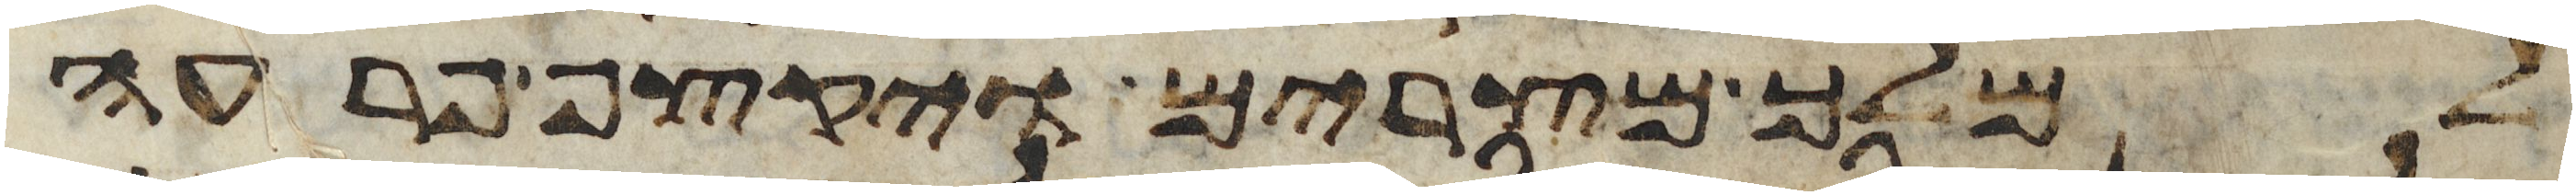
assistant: למלך מצרים ויקצף פרעה